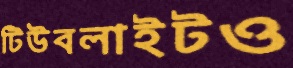
টিউবলাইটও